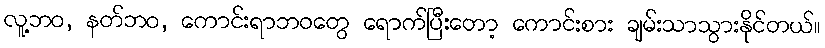
လူ့ဘဝ, နတ်ဘဝ, ကောင်းရာဘဝတွေ ရောက်ပြီးတော့ ကောင်းစား ချမ်းသာသွားနိုင်တယ်။